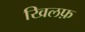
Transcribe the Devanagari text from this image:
खिलफ़